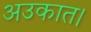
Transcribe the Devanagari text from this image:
अउकात।